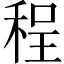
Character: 程